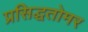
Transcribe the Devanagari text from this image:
प्रसिद्धतोमर